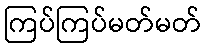
ကြပ်ကြပ်မတ်မတ်